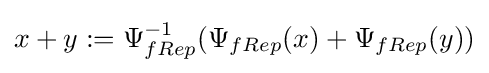
x+y:=\Psi _{fRep}^{-1}(\Psi _{fRep}(x)+\Psi _{fRep}(y))